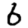
Digit: 6